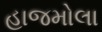
હાજમોલા